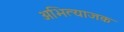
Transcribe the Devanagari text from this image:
अभित्याजक